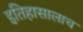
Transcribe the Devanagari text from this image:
इतिहासालाच